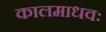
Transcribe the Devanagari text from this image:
कालमाधवः